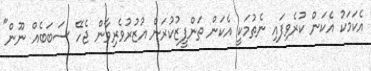
އެކަމަކު އެކަން ކުރެވިފައި ނެތުމަކީ އެކަން ތަންފީޒުކުރަން އުޒުރުވެރިވާން ޖެހޭ ސަބަބެއް ނޫން"